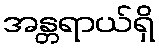
အန္တရာယ်ရှိ